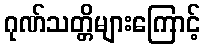
ဂုဏ်သတ္တိများကြောင့်